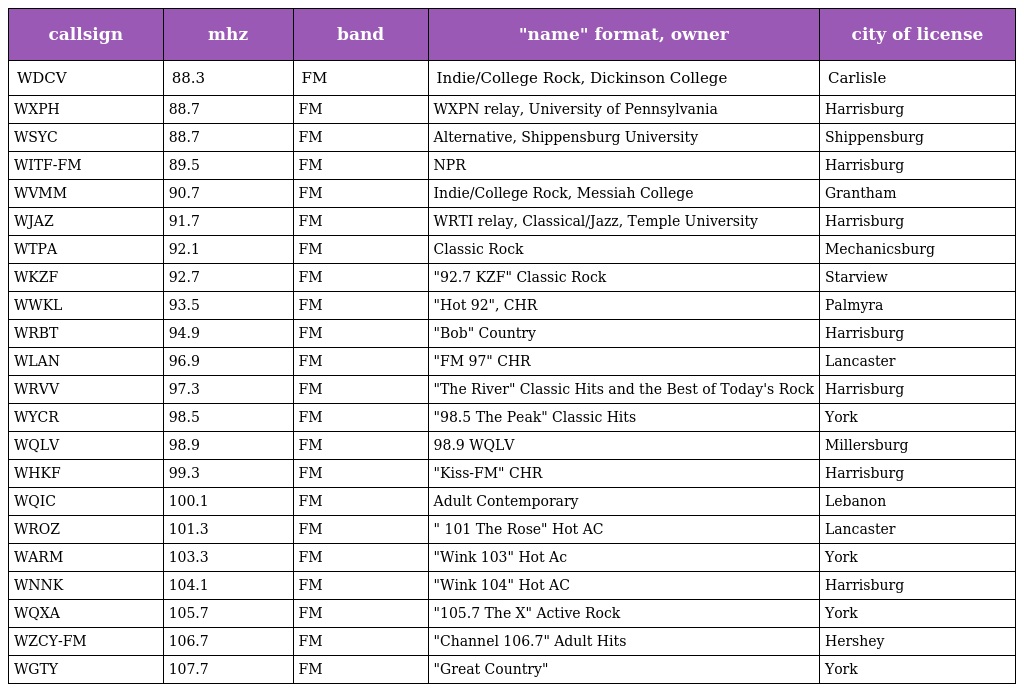
| callsign | mhz | band | "name" format, owner | city of license |
 | --- | --- | --- | --- | --- |
 | WDCV | 88.3 | FM | Indie/College Rock, Dickinson College | Carlisle |
 | WXPH | 88.7 | FM | WXPN relay, University of Pennsylvania | Harrisburg |
 | WSYC | 88.7 | FM | Alternative, Shippensburg University | Shippensburg |
 | WITF-FM | 89.5 | FM | NPR | Harrisburg |
 | WVMM | 90.7 | FM | Indie/College Rock, Messiah College | Grantham |
 | WJAZ | 91.7 | FM | WRTI relay, Classical/Jazz, Temple University | Harrisburg |
 | WTPA | 92.1 | FM | Classic Rock | Mechanicsburg |
 | WKZF | 92.7 | FM | "92.7 KZF" Classic Rock | Starview |
 | WWKL | 93.5 | FM | "Hot 92", CHR | Palmyra |
 | WRBT | 94.9 | FM | "Bob" Country | Harrisburg |
 | WLAN | 96.9 | FM | "FM 97" CHR | Lancaster |
 | WRVV | 97.3 | FM | "The River" Classic Hits and the Best of Today's Rock | Harrisburg |
 | WYCR | 98.5 | FM | "98.5 The Peak" Classic Hits | York |
 | WQLV | 98.9 | FM | 98.9 WQLV | Millersburg |
 | WHKF | 99.3 | FM | "Kiss-FM" CHR | Harrisburg |
 | WQIC | 100.1 | FM | Adult Contemporary | Lebanon |
 | WROZ | 101.3 | FM | " 101 The Rose" Hot AC | Lancaster |
 | WARM | 103.3 | FM | "Wink 103" Hot Ac | York |
 | WNNK | 104.1 | FM | "Wink 104" Hot AC | Harrisburg |
 | WQXA | 105.7 | FM | "105.7 The X" Active Rock | York |
 | WZCY-FM | 106.7 | FM | "Channel 106.7" Adult Hits | Hershey |
 | WGTY | 107.7 | FM | "Great Country" | York |